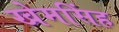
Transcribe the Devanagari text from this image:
खेमसिंह